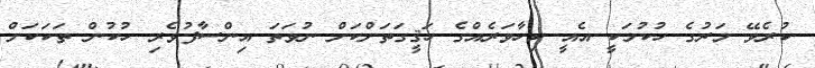
ކުރެވޭ މަރުގެ ހުކުމަކީ އެއީ ކިހާވަރެއްގެ ހަޤީގަތަށްކަށް ނުވަތަ އިންސާފުވެރި ހުކުން ތަކަކަށް